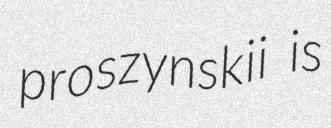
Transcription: proszynskii is